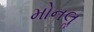
મોનલૢ